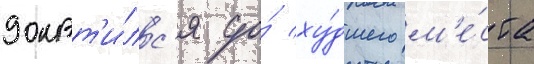
докат'и́лс'я до́ ху́дшего м'е́ста